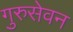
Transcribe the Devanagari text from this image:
गुरुसेवन